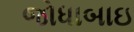
જોધાબાઇ